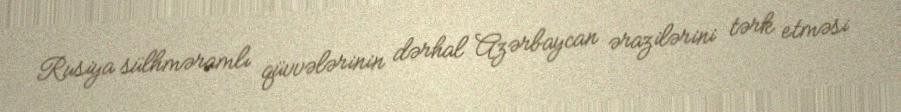
Rusiya sülhməramlı qüvvələrinin dərhal Azərbaycan ərazilərini tərk etməsi